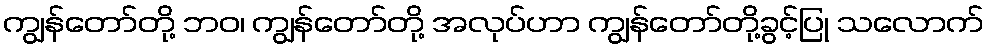
ကျွန်တော်တို့ ဘဝ၊ ကျွန်တော်တို့ အလုပ်ဟာ ကျွန်တော်တို့ခွင့်ပြု သလောက်